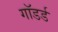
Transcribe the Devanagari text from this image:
गॉडर्ड